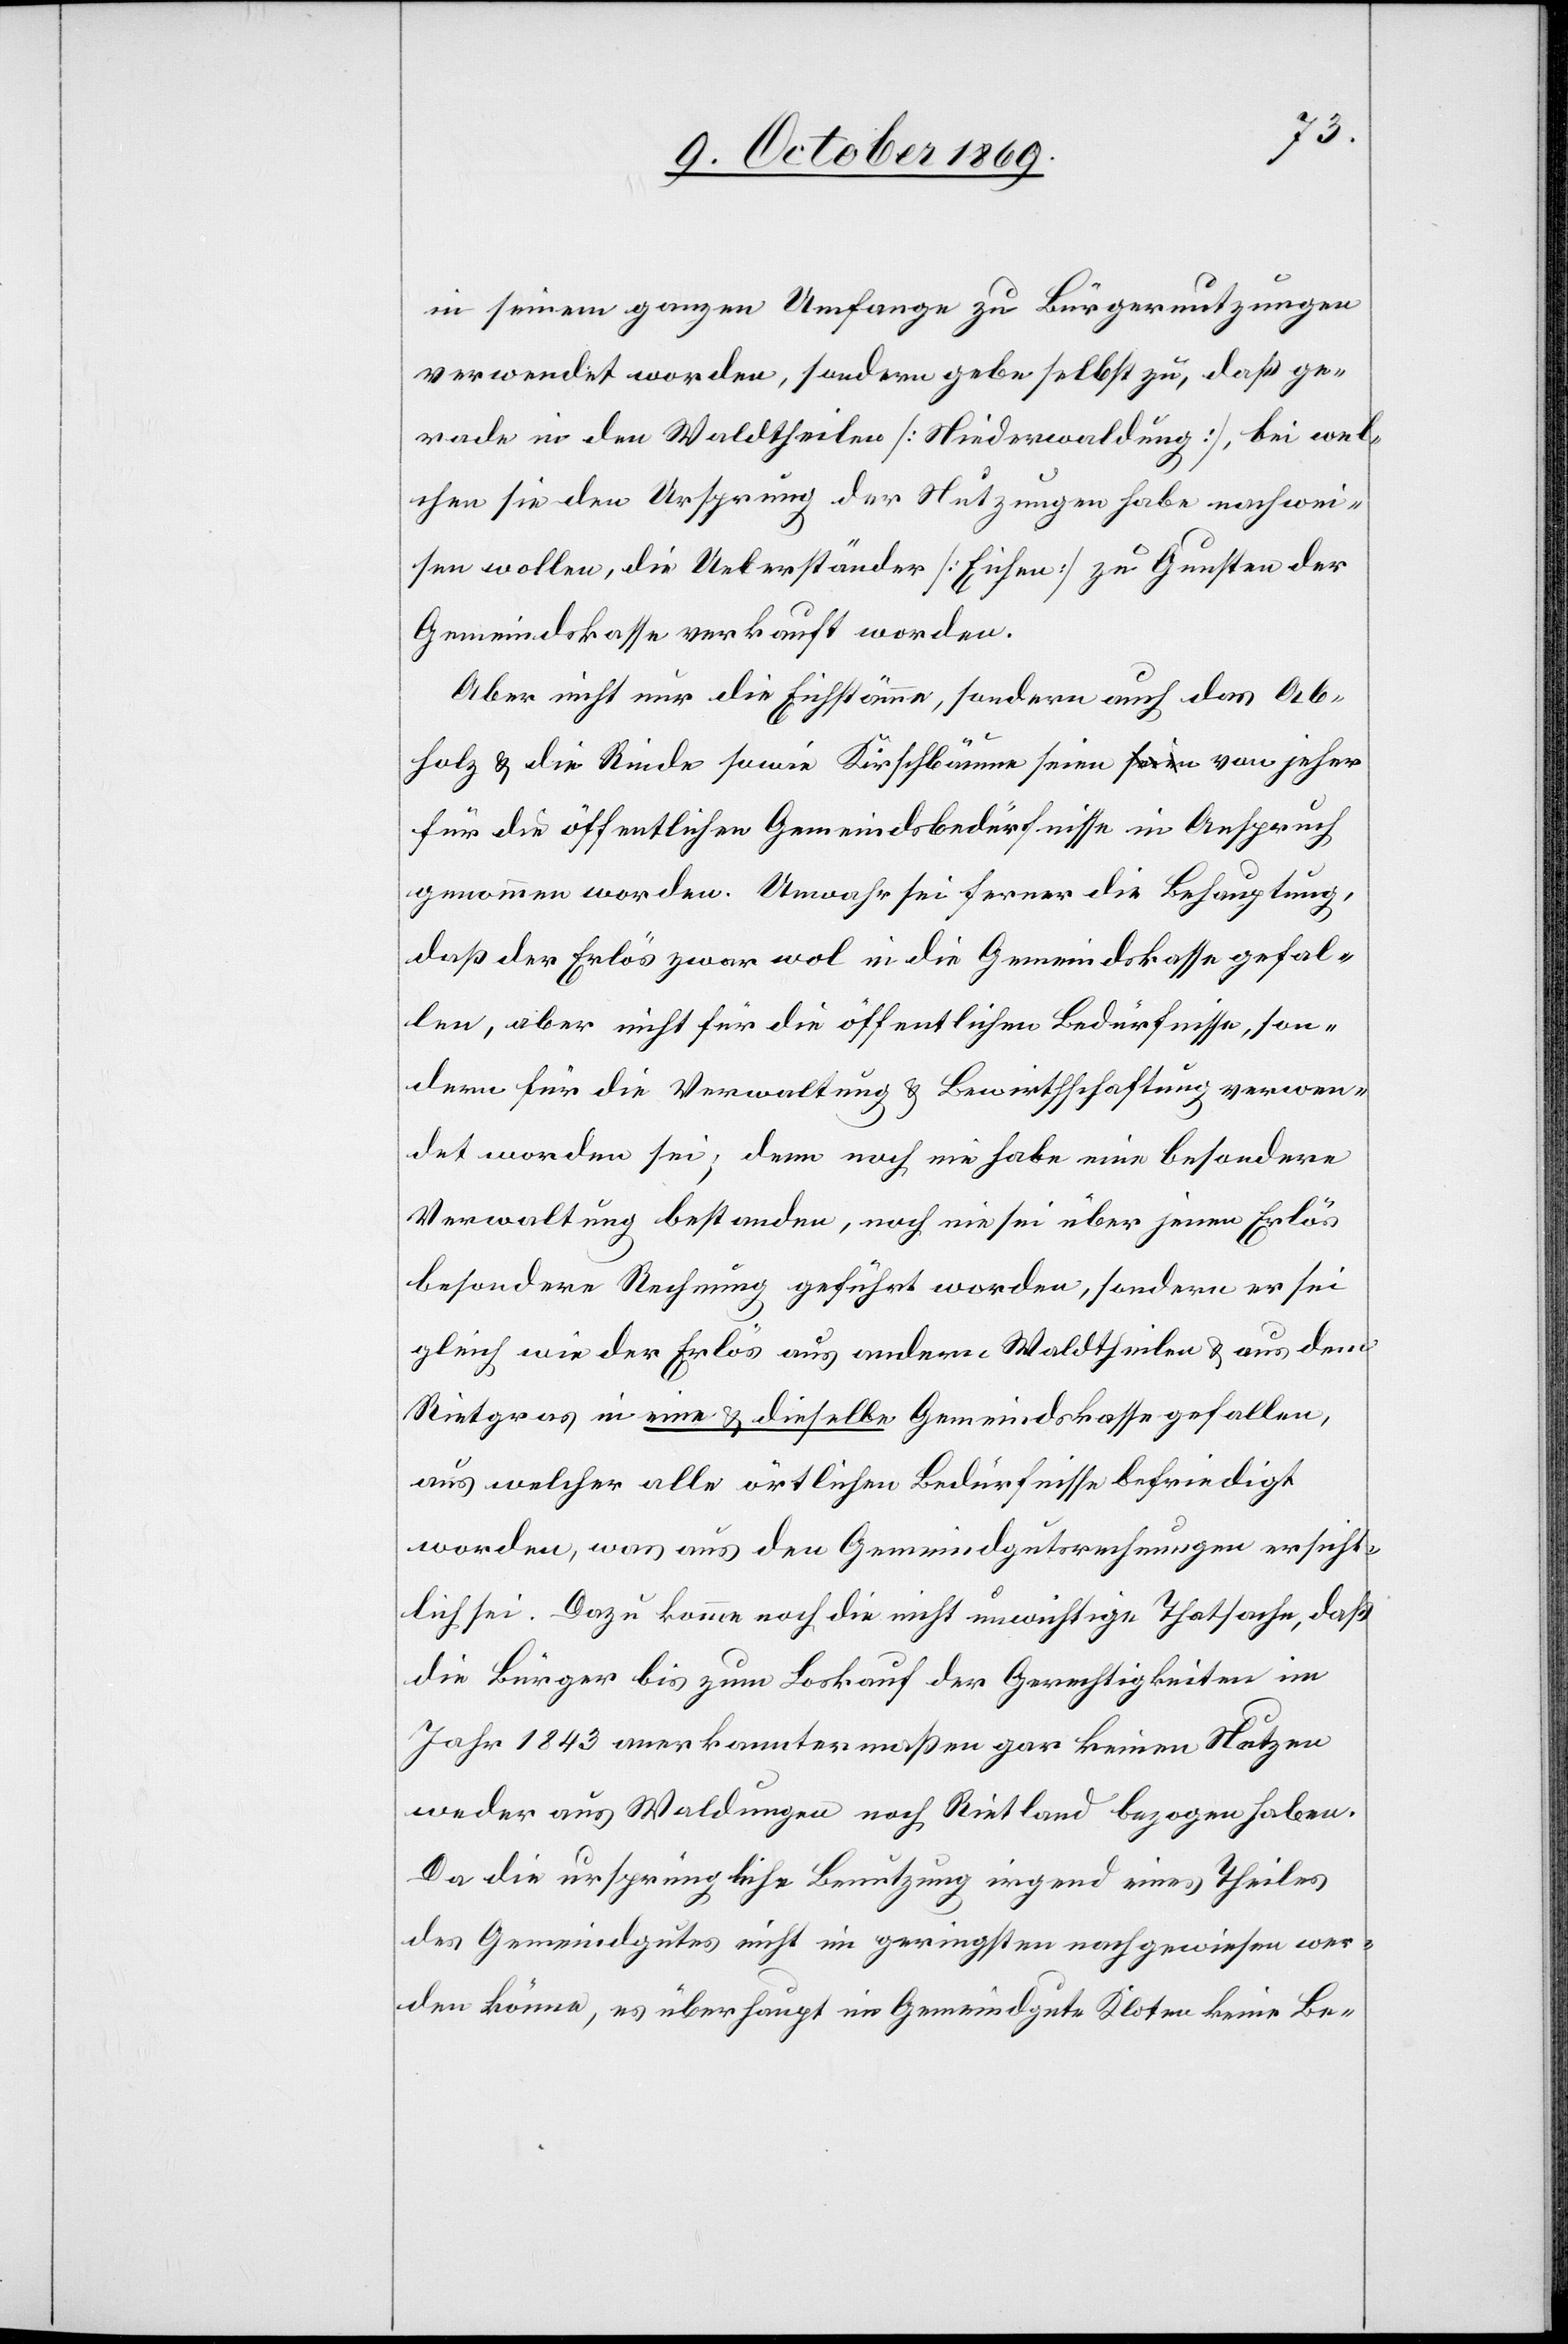
in seinem ganzen Umfange zu Bürgernutzungen
verwendet worden, sondern gebe selbst zu, daß ge¬
rade in den Waldtheilen [Niederwaldung], bei wel¬
chen sie den Ursprung der Nutzungen habe nachwei¬
sen wollen, die Ueberständer [Eichen] zu Gunsten der
Gemeindskasse verkauft worden.
Aber nicht nur die Eichstämme, sondern auch das Ab¬
holz & die Rinde sowie Kirschbäume seien von jeher
für die öffentlichen Gemeindsbedürfnisse in Anspruch
genommen worden. Unwahr sei ferner die Behauptung,
daß der Erlös zwar wol in die Gemeindskasse gefal¬
len, aber nicht für die öffentlichen Bedürfnisse, son¬
dern für die Verwaltung & Bewirthschaftung verwen¬
det worden sei; denn noch nie habe eine besondere
Verwaltung bestanden, noch nie sei über jenen Erlös
besondere Rechnung geführt worden, sondern er sei
gleich wie der Erlös aus andern Waldtheilen & aus dem
Rietgras in eine & dieselbe Gemeindskasse gefallen,
aus welcher alle örtlichen Bedürfnisse befriedigt
worden, was aus den Gemeindgutsrechnungen ersicht¬
lich sei. Dazu komme noch die nicht unwichtige Thatsache, daß
die Bürger bis zum Loskauf der Gerechtigkeiten im
Jahr 1843 anerkanntermaßen gar keinen Nutzen
weder aus Waldungen noch Rietland bezogen haben.
Da die ursprüngliche Benutzung irgend eines Theiles
des Gemeindgutes nicht im geringsten nachgewiesen wer¬
den könne, es überhaupt im Gemeindgute Kloten keine Be-